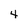
Character: 4